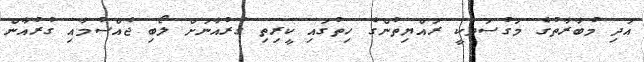
އަދި މުބާރާތުގެ މަގުސަދަކީ ރައްޔިތުންގެ ހިތުގައި ކީރިތި ގުރުއާނަށް ލޯބި ޖެއްސުމާއި ގުރުއާން